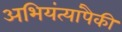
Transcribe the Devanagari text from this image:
अभियंत्यांपैकी